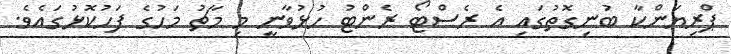
ޕްރިޔަންކާ ބުނިގޮތުގައި އެ ރެސްޓޯ ރެންޓު ހުޅުވާނީ މި މާޗު މަހުގެ ފަހުކޮޅުގައެވެ.